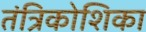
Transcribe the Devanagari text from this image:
तंत्रिकोशिका